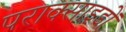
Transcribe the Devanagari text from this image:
पराक्साइडों